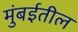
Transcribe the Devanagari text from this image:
मुंबर्इतील